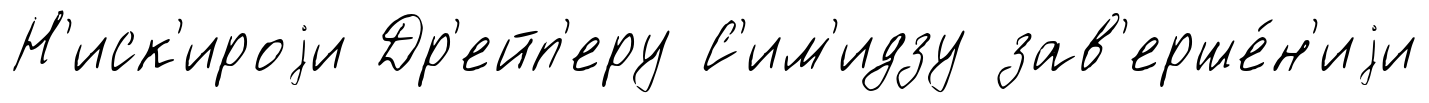
Н'иск'ироjи Др'ейп'еру С'им'идзу зав'ерше́н'иjи